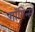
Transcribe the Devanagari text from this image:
गाॅगिन्स